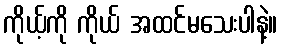
ကိုယ့်ကို ကိုယ် အထင်မသေးပါနဲ့။